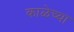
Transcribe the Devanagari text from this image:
काळेच्या